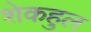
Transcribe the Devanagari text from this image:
शेकहुल